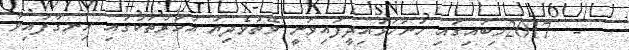
-  2017މިބައިގައި ހުށަހަޅައިދީފައިވަނީ ވޭތުވެދިޔަ އަހަރުތަކުގައި ހިނގާފައިވާ